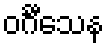
ဝင်္ဂီသေန